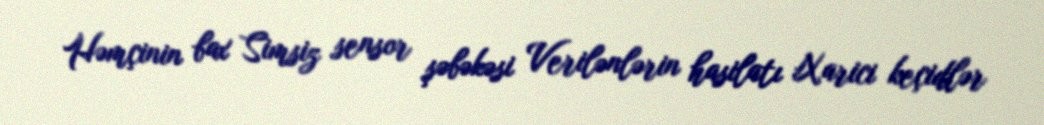
Həmçinin bax Simsiz sensor şəbəkəsi Verilənlərin hasilatı Xarici keçidlər